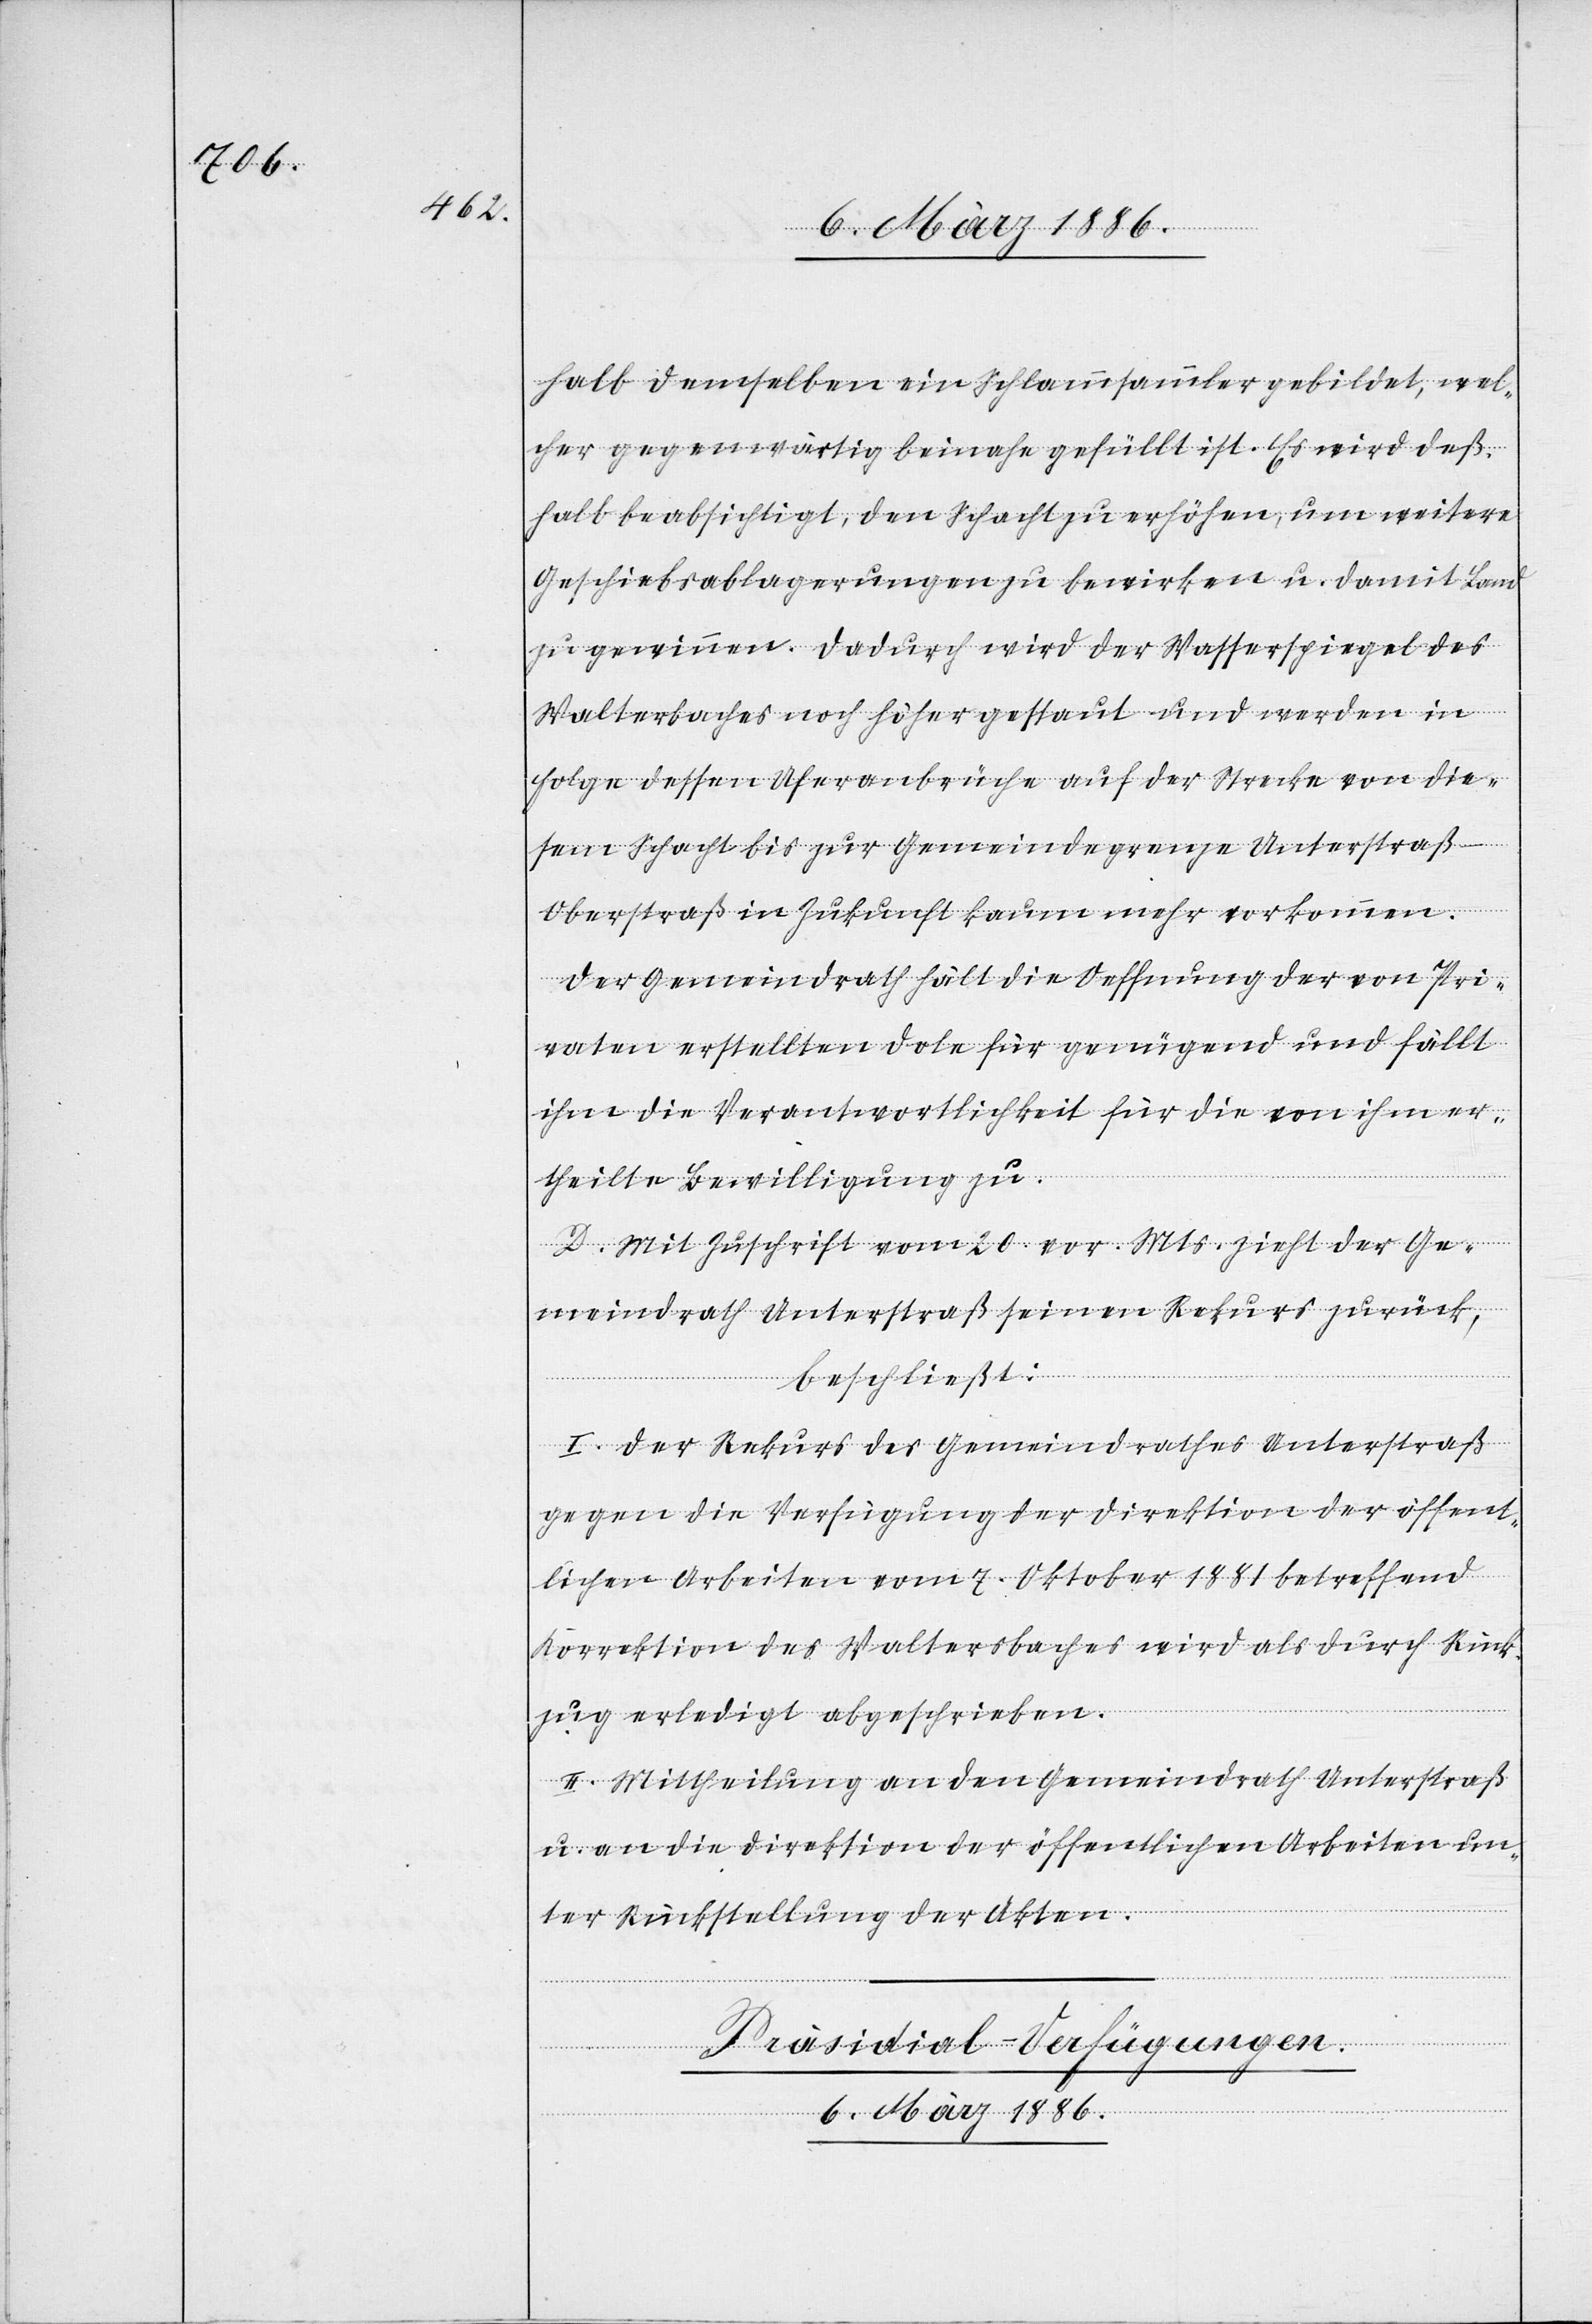
halb demselben ein Schlammsammler gebildet, wel¬
cher gegenwärtig beinahe gefüllt ist. Es wird deß¬
halb beabsichtigt, den Schacht zu erhöhen, um weitere
Geschiebsablagerungen zu bewirken u. damit Land
zu gewinnen. Dadurch wird der Wasserspeiegel des
Waltersbaches noch höher gestaut und werden in
Folge dessen Uferabbrüche auf der Strecke von die¬
sem Schacht bis zur Gemeindegrenze Unterstra¬
ß–Oberstraß in Zukunft kaum mehr vorkommen.
Der Gemeindrath hält die Oeffnung der von Pri¬
vaten erstellten Dole für genügend und fällt
ihm die Verantwortlichkeit für die von ihm er¬
theilte Bewilligung zu.
D. Mit Zuschrift vom 20. vor. Mts. zieht der Ge¬
meindrath Unterstraß seinen Rekurs zurück,
beschließt:
I. Der Rekurs des Gemeindrathes Unterstraß
gegen die Verfügung der Direktion der öffent¬
lichen Arbeiten vom 7. Oktober 1881 betreffend
Korrektion des Waltersbaches wird als durch Rück¬
zug erledigt abgeschrieben.
II. Mittheilung an den Gemeindrath Unterstraß
u. an die Direktion der öffentlichen Arbeiten un¬
ter Rückstellung der Akten.